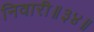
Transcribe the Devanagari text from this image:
निवारी॥३४॥